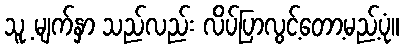
သူ့ မျက်နှာ သည်လည်း လိပ်ပြာလွင့်တော့မည့်ပုံ။